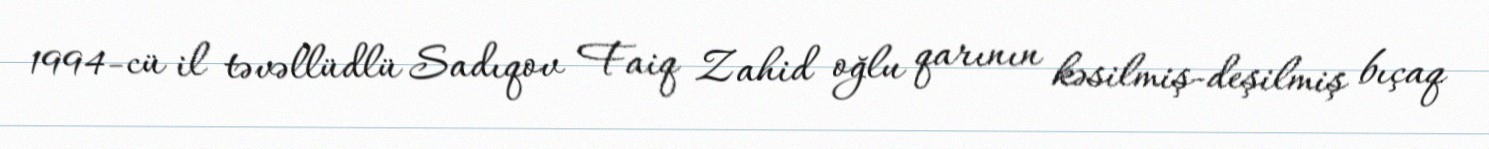
1994-cü il təvəllüdlü Sadıqov Faiq Zahid oğlu qarının kəsilmiş-deşilmiş bıçaq